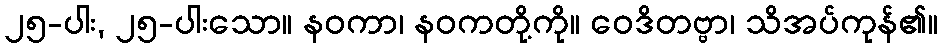
၂၅-ပါး, ၂၅-ပါးသော။ နဝကာ၊ နဝကတို့ကို။ ဝေဒိတဗ္ဗာ၊ သိအပ်ကုန်၏။